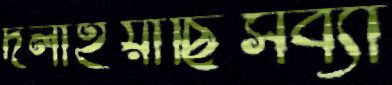
দলাইয়াছিসব্যা